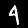
Label: 4